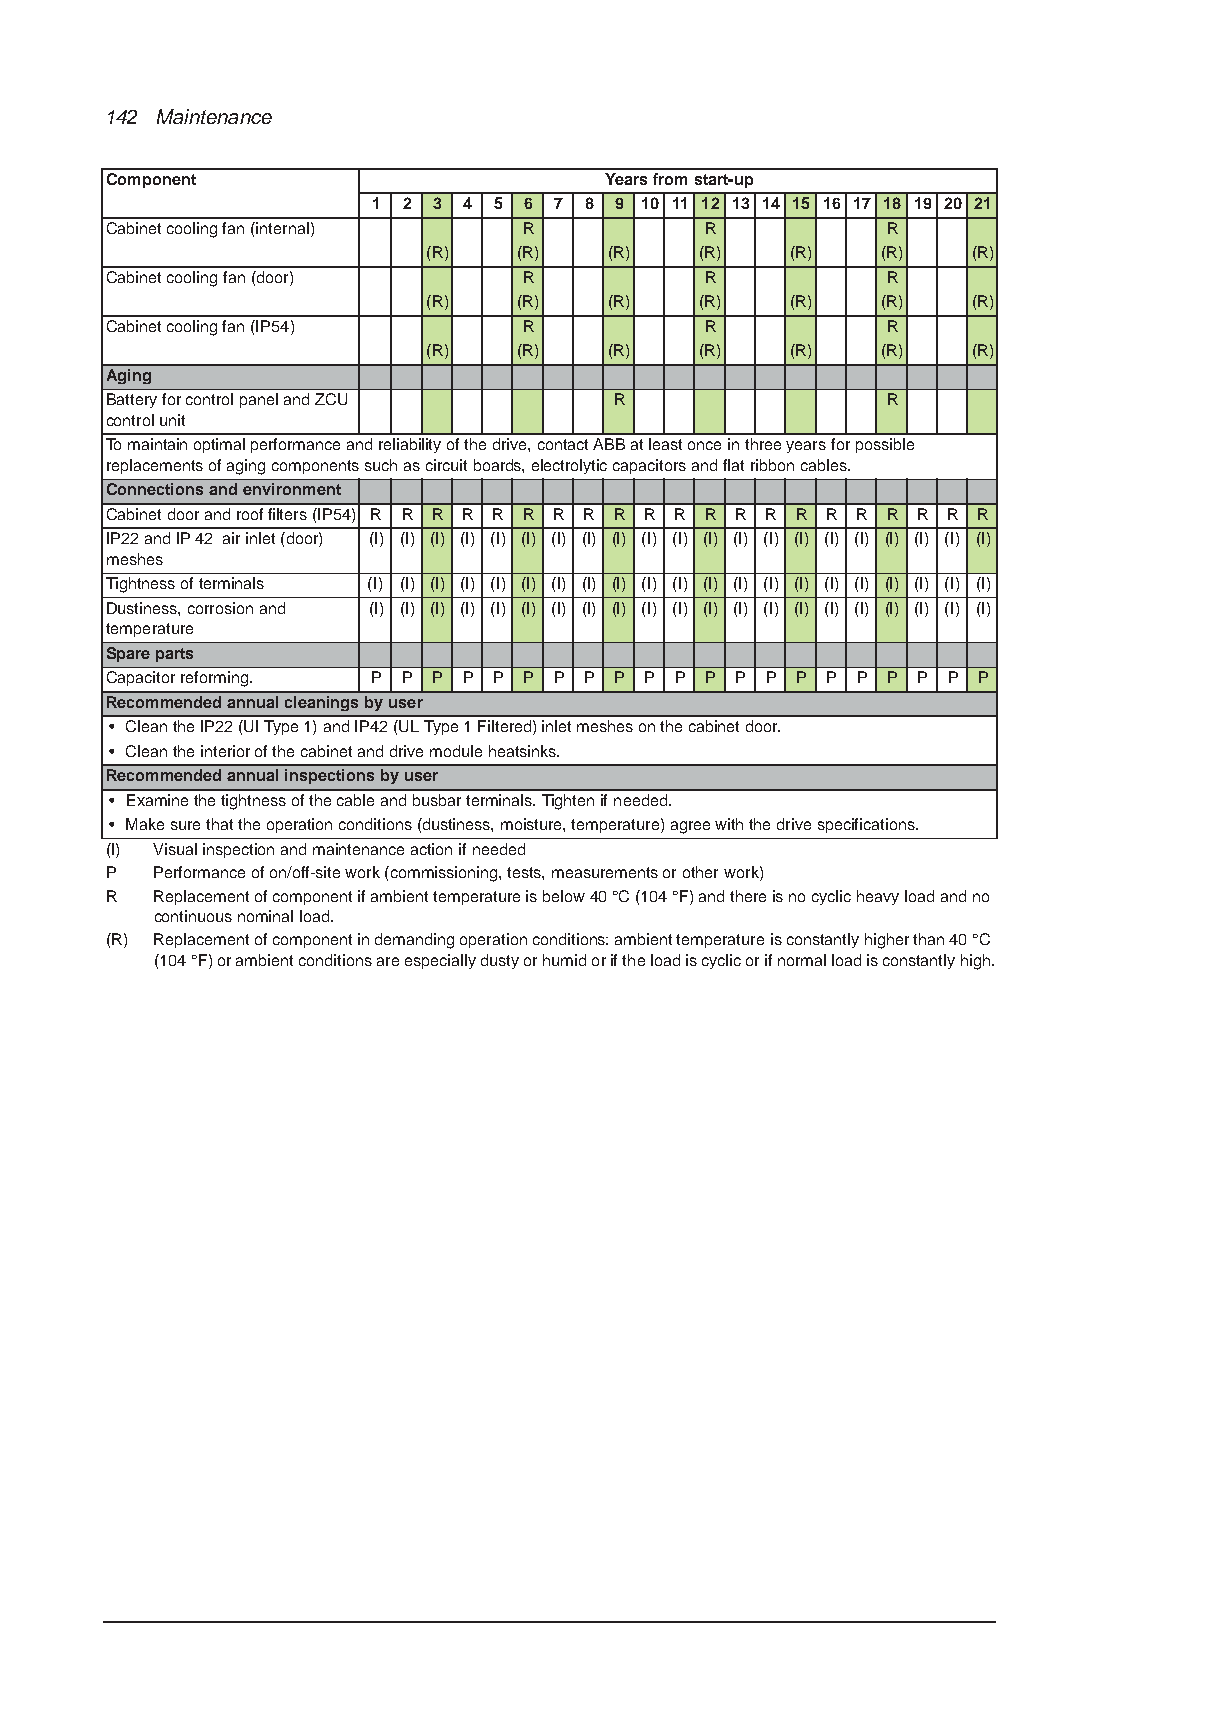
142 Maintenance
 Component                        Years from start-up
 1 2 3 4 5 6 7 8 9 10 11 12 13 14 15 16 17 18 19 20 21
 Cabinet cooling fan (internal) R        R           R
 (R)   (R)   (R)   (R)   (R)   (R)   (R)
 Cabinet cooling fan (door)  R           R           R
 (R)   (R)   (R)   (R)   (R)   (R)   (R)
 Cabinet cooling fan (IP54)  R           R           R
 (R)   (R)   (R)   (R)   (R)   (R)   (R)
 Aging
 Battery for control panel and ZCU R                 R
 control unit
 To maintain optimal performance and reliability of the drive, contact ABB at least once in three years for possible
 replacements of aging components such as circuit boards, electrolytic capacitors and flat ribbon cables.
 Connections and environment
 Cabinet door and roof filters (IP54) R R R R R R R R R R R R R R R R R R R R R
 IP22 and IP 42 air inlet (door) (I) (I) (I) (I) (I) (I) (I) (I) (I) (I) (I) (I) (I) (I) (I) (I) (I) (I) (I) (I) (I)
 meshes
 Tightness of terminals (I) (I) (I) (I) (I) (I) (I) (I) (I) (I) (I) (I) (I) (I) (I) (I) (I) (I) (I) (I) (I)
 Dustiness, corrosion and (I) (I) (I) (I) (I) (I) (I) (I) (I) (I) (I) (I) (I) (I) (I) (I) (I) (I) (I) (I) (I)
 temperature
 Spare parts
 Capacitor reforming. P P P P P P P P P P P P P P P P P P P P P
 Recommended annual cleanings by user
 • Clean the IP22 (Ul Type 1) and IP42 (UL Type 1 Filtered) inlet meshes on the cabinet door.
 • Clean the interior of the cabinet and drive module heatsinks.
 Recommended annual inspections by user
 • Examine the tightness of the cable and busbar terminals. Tighten if needed.
 • Make sure that the operation conditions (dustiness, moisture, temperature) agree with the drive specifications.
 (I) Visual inspection and maintenance action if needed
 P  Performance of on/off-site work (commissioning, tests, measurements or other work)
 R  Replacement of component if ambient temperature is below 40°C (104°F) and there is no cyclic heavy load and no
 continuous nominal load.
 (R) Replacement of component in demanding operation conditions: ambient temperature is constantly higher than 40°C
 (104°F) or ambient conditions are especially dusty or humid or if the load is cyclic or if normal load is constantly high.